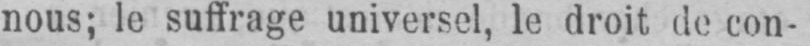
nous; le suffrage universel, le droit de con-